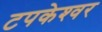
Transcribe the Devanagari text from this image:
टपकेश्‍वर